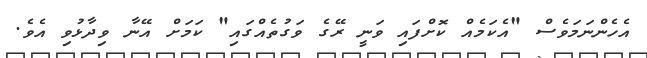
އެހެންނަމަވެސް "އެކަމެއް ކޮށްފައި ވަނީ ރޭގެ ވަގުތެއްގައި" ކަމަށް އޭނާ ވިދާޅުވި އެވެ.